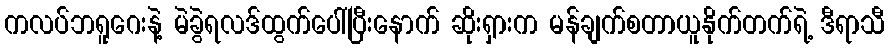
ကလပ်ဘရူဂေးနဲ့ မဲခွဲရလဒ်ထွက်ပေါ်ပြီးနောက် ဆိုးရှားက မန်ချက်စတာယူနိုက်တက်ရဲ့ ဒီရာသီ